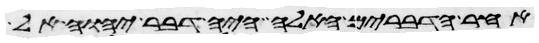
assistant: אחר הדברים האלה היה דבר יהוה אל